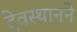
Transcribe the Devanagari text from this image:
देवस्थानने